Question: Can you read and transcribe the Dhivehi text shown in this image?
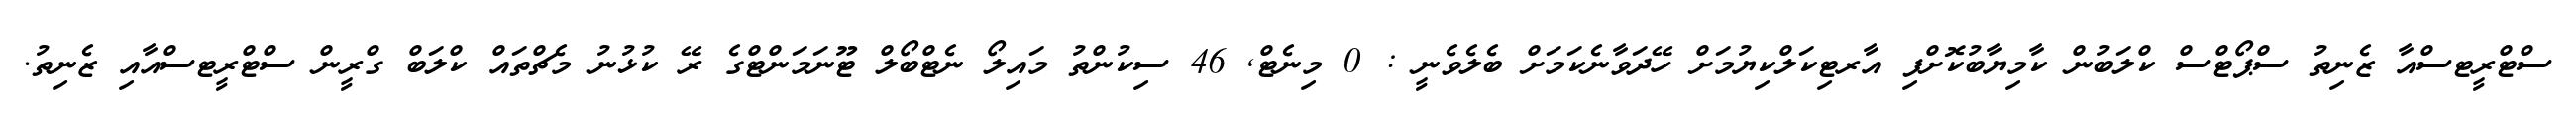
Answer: ސްޓްރީޓސްއާ ޒެނިތު ސްޕޯޓްސް ކްލަބުން ކާމިޔާބުކޮށްފި އާރޓިކަލްކިޔުމަށް ހޭދަވާނެކަމަށް ބެލެވެނީ : 0 މިނެޓް, 46 ސިކުންތު މައިލޯ ނެޓްބޯލް ޓޫނަމަންޓްގެ ރޭ ކުޅުނު މެޗްތައް ކްލަބް ގްރީން ސްޓްރީޓސްއާއި ޒެނިތު.